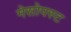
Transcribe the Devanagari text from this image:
मेसोपस्ट